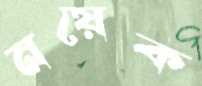
নয়েক